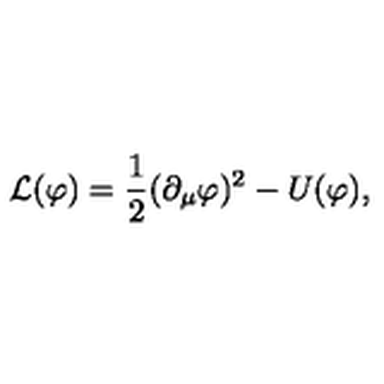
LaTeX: \mathcal { L } ( \varphi ) = { \frac { 1 } { 2 } } ( { \partial _ { \mu } \varphi } ) ^ { 2 } - U ( \varphi ) ,